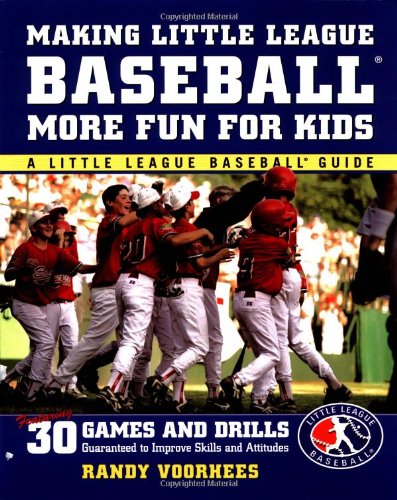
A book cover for Making Little League BaseballÂ®  More Fun for Kids: 30 Games and Drills Guaranteed to Improve Skills and Attitudes; Randy Voorhees; Sports & Outdoors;